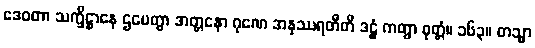
ဒေဝတာ သက္ခိဋ္ဌာနေ ဌပေတွာ အတ္တနော ဂုဏေ အနုဿရတီတိ ဒဠှံ ကတွာ ဝုတ္တံ။ ၁၆၃။ တသ္မာ